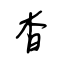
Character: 杳